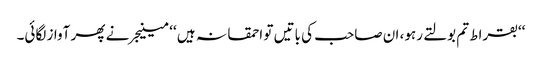
‘‘بقراط تم بولتے رہو، ان صاحب کی باتیں تو احمقانہ ہیں ‘‘ مینیجر نے پھر آواز لگائی۔